65_HS1-834228961_62-HQ-83894_Section_3
Agency: FBI
Page 146
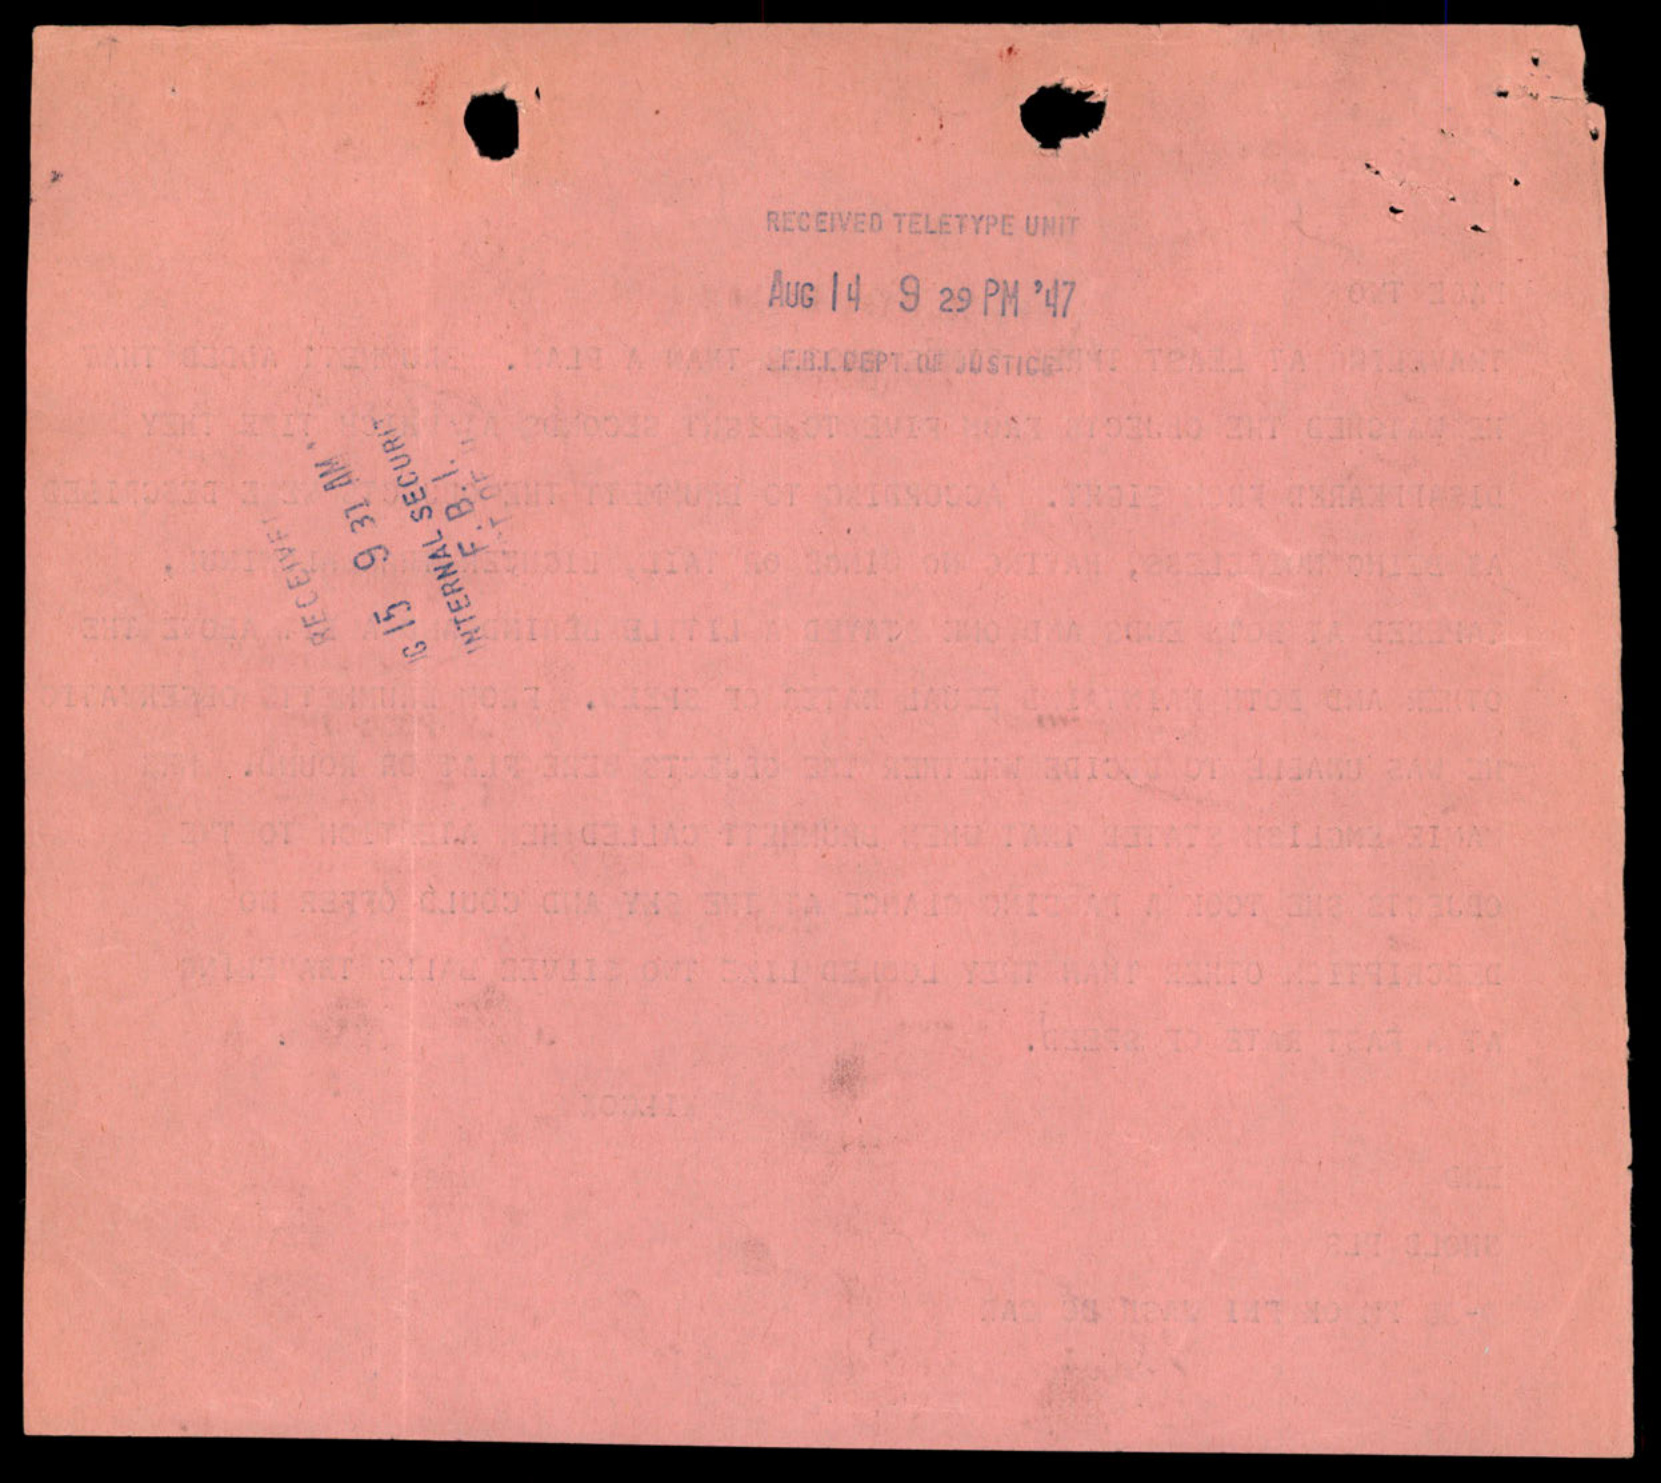